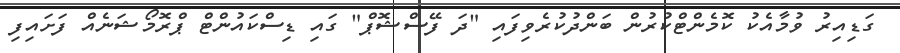
ގަޑިއިރު ވުމާއެކު ކޮމެންޓްކުރުން ބަންދުކުރެވިފައި "ދަ ފޭސްޝޮޕް" ގައި ޑިސްކައުންޓް ޕްރޮމޯޝަނެއް ފަށައިފި